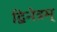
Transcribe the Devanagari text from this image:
द्विनेत्रम्